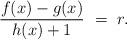
LaTeX: \begin{align*}\frac{f(x) - g(x) }{h(x) + 1} \ = \ r.\end{align*}